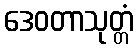
ဒေဝတာသုတ္တံ